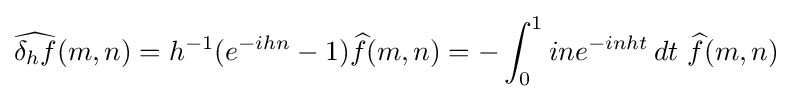
{\widehat {\delta _{h}f}}(m,n)=h^{-1}(e^{-ihn}-1){\widehat {f}}(m,n)=-\int _{0}^{1}ine^{-inht}\,dt\,\,{\widehat {f}}(m,n)